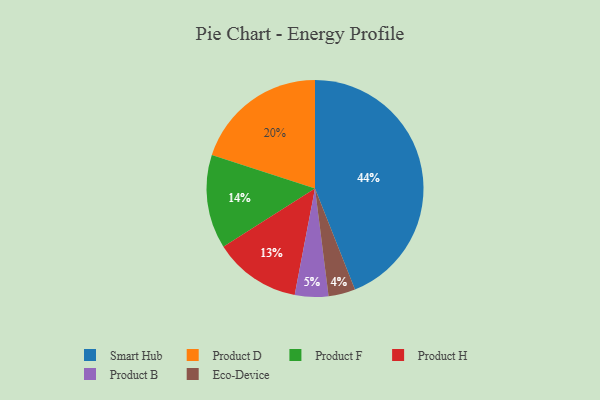
{"axis": {"x": "Category", "y": "Percentage"}, "legend": ["Eco-Device", "Product B", "Product D", "Product F", "Product H", "Smart Hub"], "data": [{"x": "Eco-Device", "y": 4, "type": "Eco-Device"}, {"x": "Product B", "y": 5, "type": "Product B"}, {"x": "Product D", "y": 20, "type": "Product D"}, {"x": "Product F", "y": 14, "type": "Product F"}, {"x": "Smart Hub", "y": 44, "type": "Smart Hub"}, {"x": "Product H", "y": 13, "type": "Product H"}]}